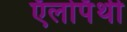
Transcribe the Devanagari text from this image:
ऍलोपॅथी